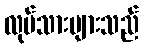
လုပ်သားများသည်